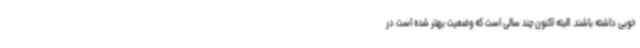
خوبی داشته باشند. البته اکنون چند سالی است که وضعیت بهتر شده است در